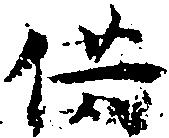
供